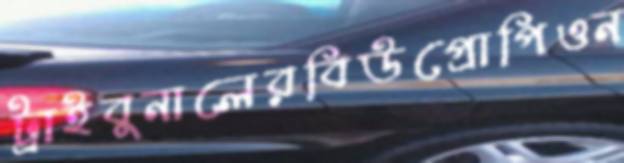
ট্রাইবুনালেরবিউপ্রোপিওন